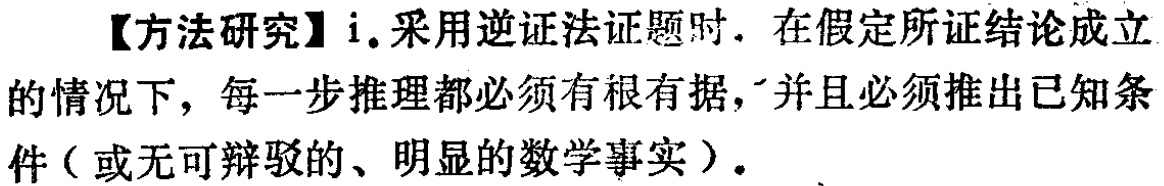
【方法研究】i. 采用逆证法证题时. 在假定所证结论成立的情况下，每一步推理都必须有根有据，并且必须推出已知条件（或无可辩驳的、明显的数学事实）.